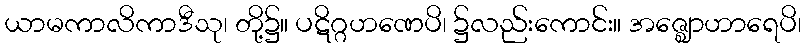
ယာမကာလိကာဒီသု၊ တို့၌။ ပဋိဂ္ဂဟဏေပိ၊ ၌လည်းကောင်း။ အဇ္ဈောဟာရေပိ၊